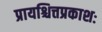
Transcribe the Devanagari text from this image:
प्रायश्चित्तप्रकाशः